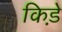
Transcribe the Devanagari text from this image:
किडे़